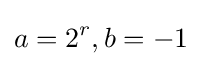
a=2^{r},b=-1